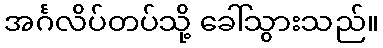
အင်္ဂလိပ်တပ်သို့ ခေါ်သွားသည်။